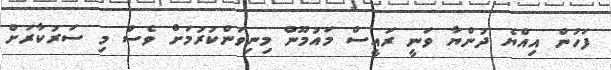
ފަހުން އިއްޔެ ދުންޔާ ވަނީ ރައީސް މައުމޫން މިނިވަންކުރުމަށް ވެސް މި ސަރުކާރަށް